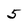
Character: 5